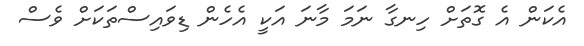
އެކަން އެ ގޮތަށް ހިނގާ ނަމަ މާނަ އަކީ އެހެން ޑިވައިސްތަކަށް ވެސް